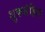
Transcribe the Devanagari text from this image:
शुकसंहिता